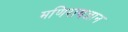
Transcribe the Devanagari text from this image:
मणिरागज्ञान